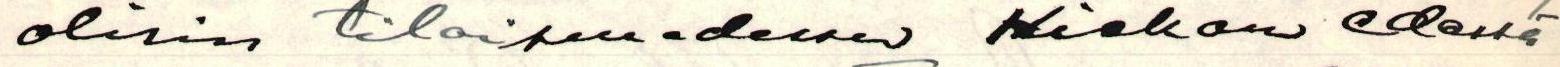
olisin tilaisuudessa Hiekan edessä